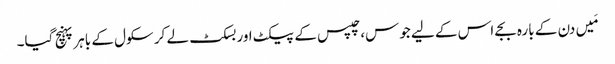
مَیں دن کے بارہ بجے اس کے لیے جوس، چپس کے پیکٹ اور بسکٹ لے کر سکول کے باہر پہنچ گیا۔